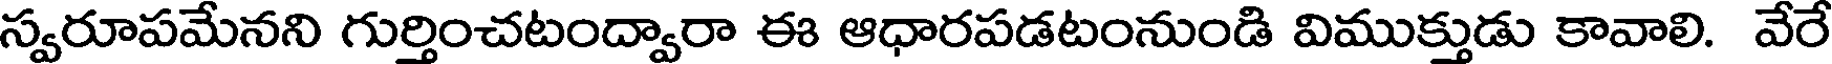
స్వరూపమేనని గుర్తించటంద్వారా ఈ ఆధారపడటంనుండి విముక్తుడు కావాలి. వేరే